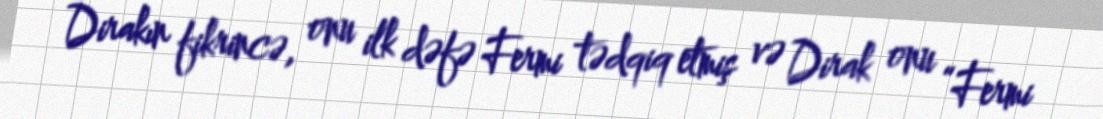
Dirakın fikrincə, onu ilk dəfə Fermi tədqiq etmiş və Dirak onu “Fermi